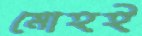
মোহই